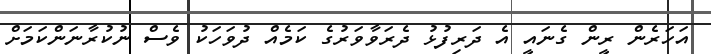
އަހަރެން ރީން ގެނައީ އެ ދަރިފުޅު ދެރަވާވަރުގެ ކަމެއް ދުވަހަކު ވެސް ނުކުރާނަންކަމަށް